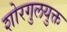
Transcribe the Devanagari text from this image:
शोरगुलयुक्त